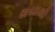
થયાથી